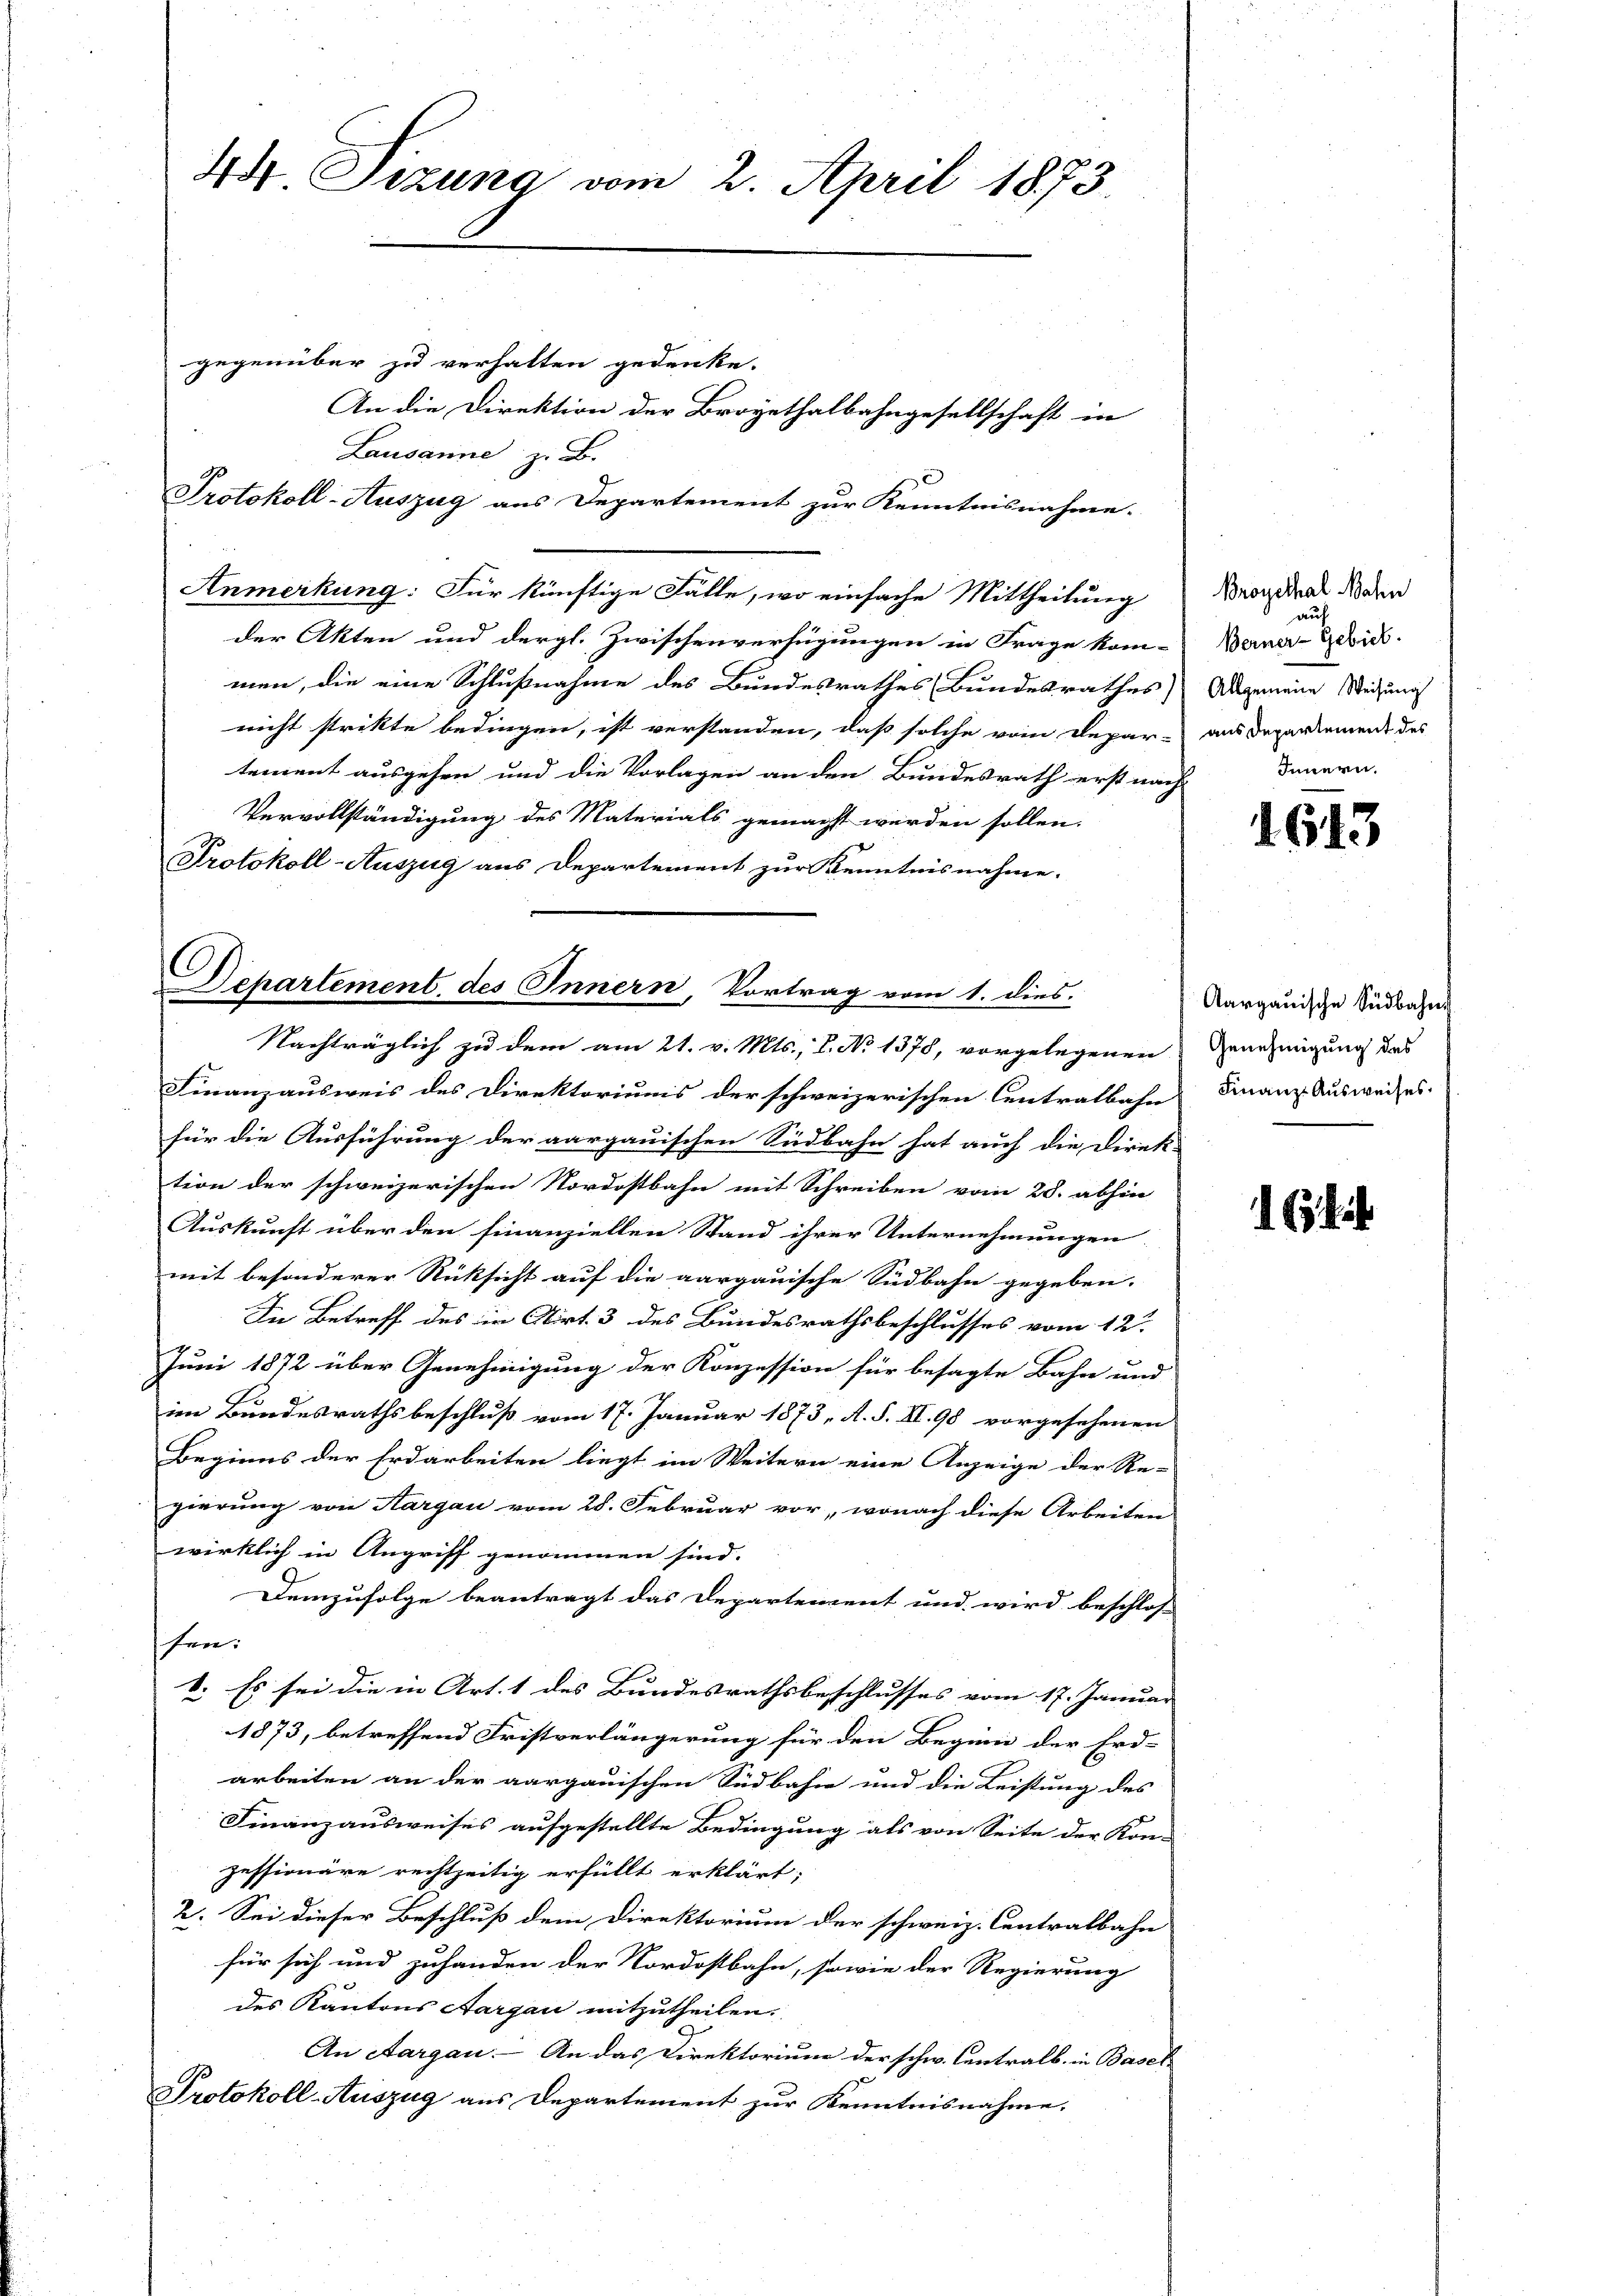
44 Sizung vom 2. April 1873
gegenüber zu verhalten gedenke.
An die Direktion der Broyethalbahngesellschaft in
Lausanne z. B.

Protokoll-Auszug aus Departement zur Kenntnisnahme.
Anmerkung: Für künftige Fälle, wo einfache Mittheilung
der Akten und dergl. Zwischenverfügungen in Frage kom-
men, die eine Schlußnahme des Bundesrathes Bundesrathes) Abgenein Weisung
nicht strikte bedingen, ist verstanden, daß solche vom Depar-
tement ausgehen und die Vorlagen an den Bundesrath erst nach
Vervollständigung des Materials gemacht werden sollen.
Protokoll-Auszug aus Departement zur Kenntnisnahme.
Departement, des Innern, Vortrag vom 1. dies

Nachträglich zu dem am 21. v. Mts., L. No 1378, vorgelegenen Genehmigung das

Finanzausweis des Direktoriums der schweizerischen Centralbahn Finanz Ausweises.
für die Ausführung der aargauischen Südbahn hat auch die Direk-
tion der schweizerischen Nordostbahn mit Schreiben vom 28. abhin
Auskunft über den finanziellen Stand ihrer Unternehmungen
mit besonderer Rücksicht auf die aargauische Südbahn gegeben. |
In Betreff des in Art. 3 des Bundesrathsbeschlusses vom 12.

Juni 1872 über Genehmigung der Konzession für besagte Bahn und
im Bundesrathsbeschluß vom 17. Januar 1873, A. S. II. 98 vorgesehenen
Beginns der Erdarbeiten liegt im Weitern eine Anzeige der Re-
gierung von Aargau vom 28. Februar vor, wonach diese Arbeiten
wirklich in Angriff genommen sind. |
Demzufolge beantragt das Departement und wird beschlos-
sen:
1. Es sei die in Art. 1 des Bundesrathsbeschlusses vom 17. Januar
1873, betreffend Fristverlängerung für den Beginn der Erd-
arbeiten an der aargauischen Südbahn und die Leistung des
Finanzausweises aufgestellte Bedingung als von Seite der Kon-
zessionäre rechtzeitig erfüllt erklärt;
2. Sei dieser Beschluß dem Direktorium der schweiz. Centralbahn
für sich und zuhanden der Nordostbahn, sowie der Regierung
des Kantons Aargau mitzutheilen.
An Aargau. An das Direktorium der schw. Contralb. in Basel
Protokoll-Auszug aus Departement zur Kenntnisnahme.

Broyethal Mahn
auf
Berner-Gebiet.
aus Departement des
Innern.

1.643

16

Aargauische Südbahn